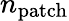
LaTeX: n_{\mathrm{{patch}}}